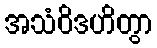
အသံဝိဒဟိတွာ